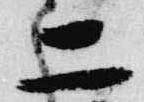
二